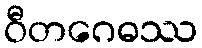
ဝီတဂေဓဿ